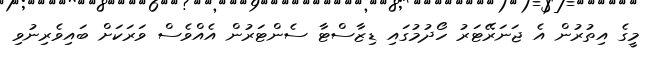
މީގެ އިތުރުން އެ ޖަނަރޭޓަރު ހޯދުމުގައި ޑިޒާސްޓާ ސެންޓަރުން އެއްވެސް ވަރަކަށް ބައިވެރިނުވި